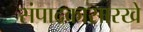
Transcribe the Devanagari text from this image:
संपादकासारखे